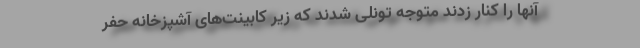
آنها را کنار زدند متوجه تونلی شدند که زیر کابینت‌های آشپزخانه حفر